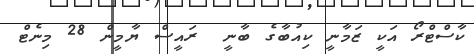
ކާސްޓްރޯ އަކީ ޒަމާނީ ކިއުބާގެ ބާނީ  ރައީސް ޔާމީން 28 މިނެޓް